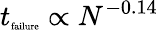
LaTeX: t_{\textrm{\tiny failure}}\propto N^{-0.14}